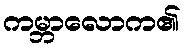
ကမ္ဘာလောက၏